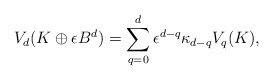
\begin{align*}V_d(K\oplus \epsilon B^d)=\sum\limits_{q=0}^d \epsilon^{d-q}\kappa_{d-q}V_q(K),\end{align*}